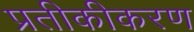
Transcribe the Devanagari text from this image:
प्रतीकीकरण